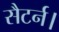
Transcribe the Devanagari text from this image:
सैटर्न।